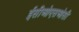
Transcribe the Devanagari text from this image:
ईसीओएसओसी